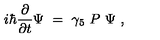
i \hbar { \frac { \partial } { \partial t } } \Psi \ = \ \gamma _ { 5 } \ P \ \Psi \ ,